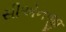
સીએનજી